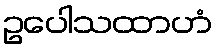
ဥပေါသထာဟံ